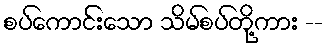
စပ်ကောင်းသော သိမ်စပ်တို့ကား --